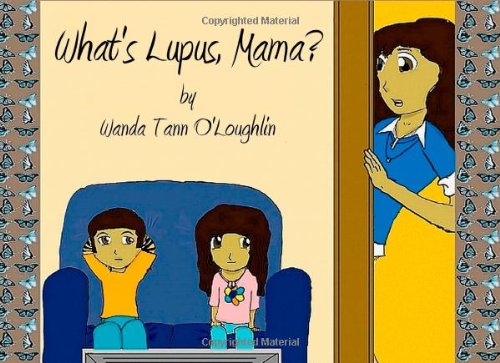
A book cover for What's Lupus, Mama?; Wanda Tann O'Loughlin; Health, Fitness & Dieting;